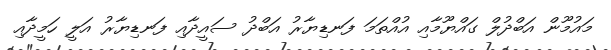
މައުމޫން އަބްދުލް ގައްޔޫމާއި އުއްތަމަ ފަނޑިޔާރު އަބްދު ސައީދާއި ފަނޑިޔާރު އަލީ ހަމީދާއި